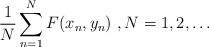
LaTeX: \begin{align*}\frac{1}{N} \sum_{n = 1}^N F(x_n, y_n)\ ,N=1,2,\dots\end{align*}